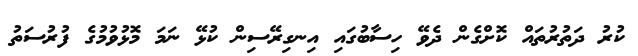
ކުރު ދަތުރުތައް ކޮށްގެން ދެވޭ ހިސާބުގައި އިނގިރޭސިން ކުޅޭ ނަމަ މޮޅުވުމުގެ ފުރުސަތު